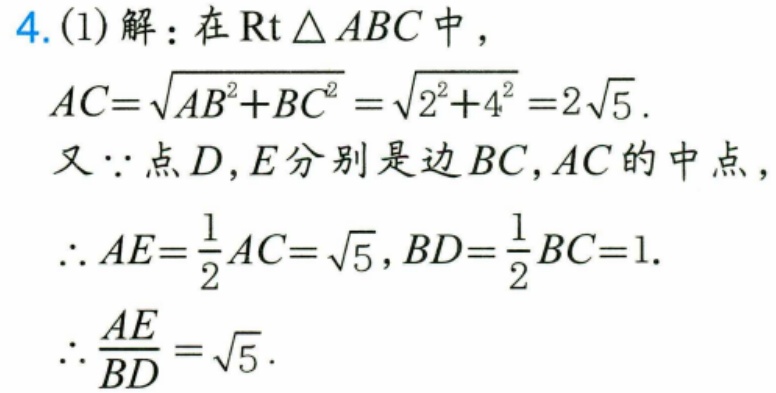
4.(1)解：在\(\text{Rt }\triangle ABC\)中，
\(AC = \sqrt{AB^{2}+BC^{2}}=\sqrt{2^{2}+4^{2}} = 2\sqrt{5}\).
又\(\because\)点\(D,E\)分别是边\(BC,AC\)的中点，
\(\therefore AE=\dfrac{1}{2}AC = \sqrt{5},BD=\dfrac{1}{2}BC = 1\).
\(\therefore \dfrac{AE}{BD}=\sqrt{5}\).